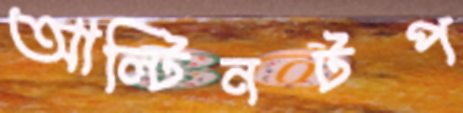
আল্টিনটপ